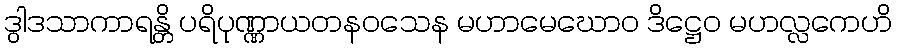
ဒွါဒသာကာရန္တိ ပရိပုဏ္ဏာယတနဝသေန မဟာမေဃောဝ ဒိဋ္ဌေဝ မဟလ္လကေဟိ